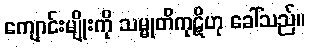
ကျောင်းမျိုးကို သမ္မုတိကုဋိဟု ခေါ်သည်။